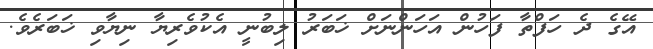
އޭގެ ދެ ހަފްތާ ފަހުން އަހަންނަށް ޚަބަރު ލިބުނީ އެކުވެރިޔާ ނިޔާވި ޚަބަރެވެ.